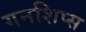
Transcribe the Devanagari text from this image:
गनशिप्स